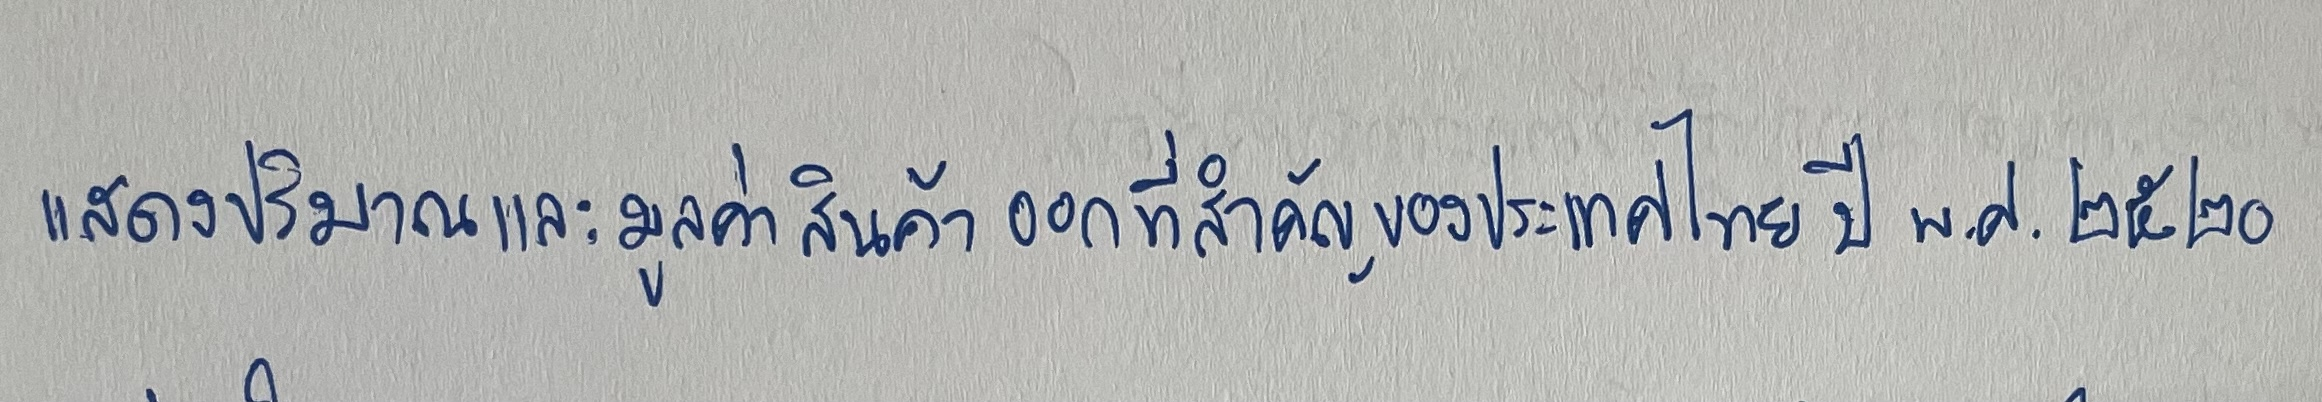
แสดงปริมาณและมูลค่าสินค้าออกที่สำคัญของประเทศไทยปีพ.ศ.๒๕๒๐